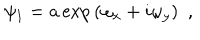
\psi _ { 1 } = a \exp { ( \omega _ { x } + i \omega _ { y } ) } ~ ~ ,